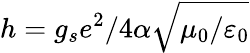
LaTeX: h=g_{s}e^{2}/4\alpha\sqrt{\mu_{0}/\varepsilon_{0}}